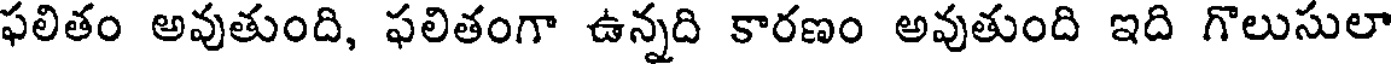
ఫలితం అవుతుంది, ఫలితంగా ఉన్నది కారణం అవుతుంది ఇది గొలుసులా